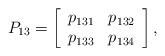
\begin{align*}P_{13}=\left[\begin{array}[c]{cc}p_{131} & p_{132}\\p_{133} & p_{134}\end{array}\right] ,\end{align*}